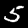
Label: 5